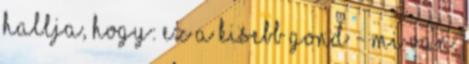
hallja, hogy: Ez a kisebb gond - mi van,